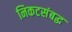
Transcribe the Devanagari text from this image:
निकटसंबद्ध